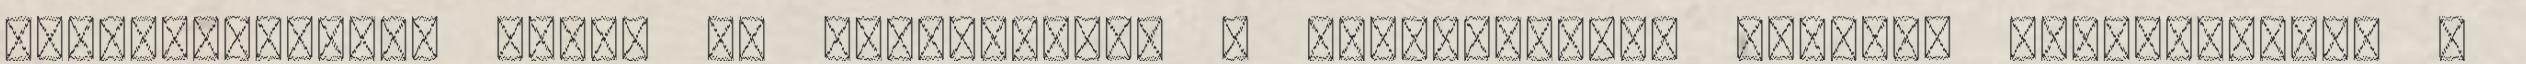
szolgáltatások ennek az irányzatnak a mintapéldái. Szolnok Magyarország –